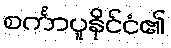
စင်္ကာပူနိုင်ငံ၏